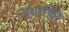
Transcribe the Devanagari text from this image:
जवाहिरे